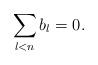
LaTeX: \begin{align*}\sum_{l<n} b_l=0.\end{align*}